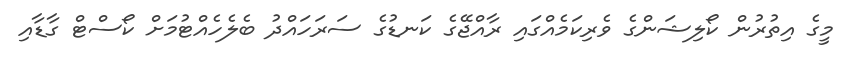
މީގެ އިތުރުން ކޯލިޝަންގެ ވެރިކަމެއްގައި ރާއްޖޭގެ ކަނޑުގެ ސަރަހައްދު ބެލެހެއްޓުމަށް ކޯސްޓް ގާޑާއި